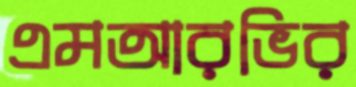
এমআরভির